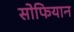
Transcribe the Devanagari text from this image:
सोफियान